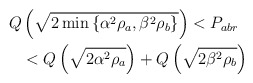
\begin{align*}\begin{aligned}Q & \left( \sqrt{ 2 \min \left\{ \alpha^2 \rho_a, \beta^2 \rho_b \right\} } \right) <P_{abr} \\& < Q \left( \sqrt{ {2 \alpha^2 \rho_a }} \right) + Q\left(\sqrt{{2\beta^2 \rho_b}} \right)\end{aligned}\end{align*}